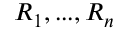
R _ { 1 } , . . . , R _ { n }